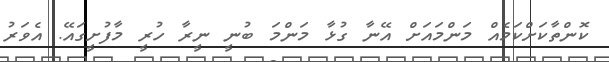
ކޮންތާކަށްކަމެއް މަންމައަށް އޭނާ ގުޅާ މަންމަ ބުނީ ނީރާ ހުރީ މާފުށީގައޭ. އެވަރު